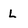
Character: L